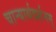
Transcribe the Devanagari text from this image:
चान्यार्थदर्शनम्